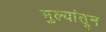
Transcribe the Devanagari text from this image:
मुल्यांतून